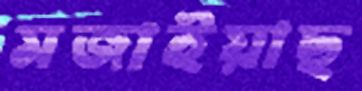
মজাইয়াছ